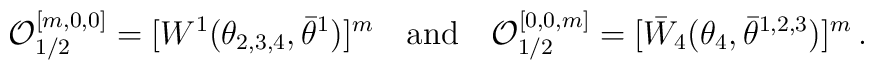
{\cal O}^{[m,0,0]}_{1/2} =  [W^{1}(\theta_{2,3,4},  \bar\theta^{1})]^m\quad \mbox{and} \quad {\cal O}^{[0,0,m]}_{1/2} =   [\bar W_4(\theta_{4}, \bar\theta^{1,2,3})]^m\,.